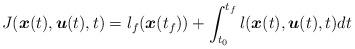
LaTeX: \begin{align*} J(\boldsymbol{x}(t),\boldsymbol{u}(t),t)= l_f(\boldsymbol{x}(t_f)) + \int_{t_0}^{ t_f} l(\boldsymbol{x}(t),\boldsymbol{u}(t),t) dt \end{align*}